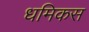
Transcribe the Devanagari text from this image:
धमिकस